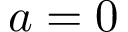
a = 0